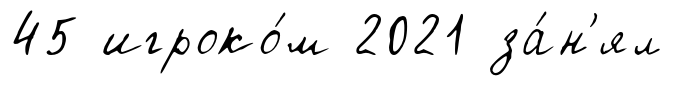
45 игроко́м 2021 за́н'ял